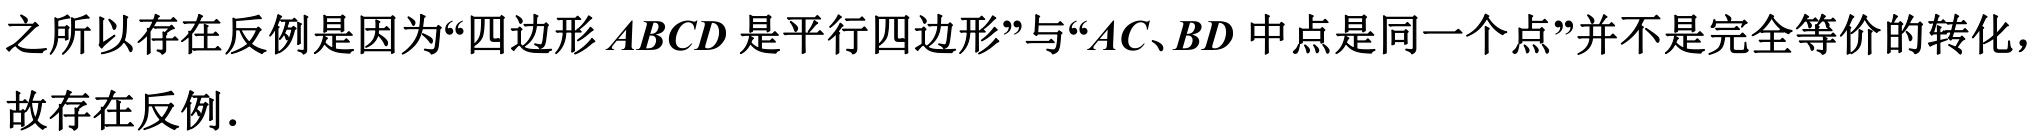
之所以存在反例是因为“四边形 \(ABCD\) 是平行四边形”与“\(AC、BD\) 中点是同一个点”并不是完全等价的转化，故存在反例.